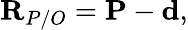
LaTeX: {\textbf{R}}_{P/O}={\textbf{P}}-{\textbf{d}},